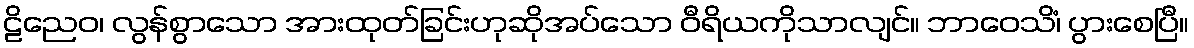
ဠိညေဝ၊ လွန်စွာသော အားထုတ်ခြင်းဟုဆိုအပ်သော ဝီရိယကိုသာလျင်။ ဘာဝေသိံ၊ ပွားစေပြီ။